Leaving Certificate Examination, 1904
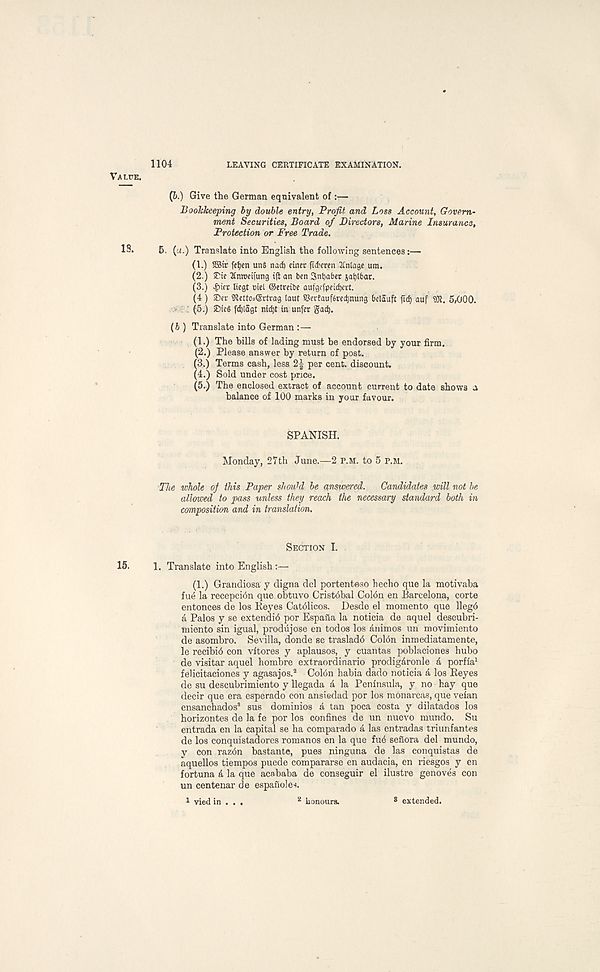
1104
LEAVING CERTIFICATE EXAMINATION.
(&. ) Give the German equivalent of :—
Bookkeeping by double entry, Profit and Loss Account, Govern-
ment Securities, Board of Directors, Marine Insurance,
Protection or Free Trade.
5. (a.) Translate into English the following sentences:—
(1.) 5Btr fft)en unS nacf) einet fid' cren 2£n[age um.
(2.) iTte Inwetfung ift an ben Sntjaber jatilbat.
(3.) licgt ciel ©etccibe aufgcfpeicfjcvt.
(4 ) SDer Sfletto^grtvag lauf Sertaufercdjnung belauft fid) auf 9Jt. 5/000.
; (5.) fdjlagt nic^t in unfer gad).
(6) Translate into German :—
(1.) The bills of lading must be endorsed by your firm.
(2.) Please answer by return of post.
(3.) Terms cash, less per cent, discount.
(4.) Sold under cost price.
(5.) The enclosed extract of account current to date shows a
balance of 100 marks in your favour.
SPANISH.
Monday, 27th June.—2 P.M. to 5 P.M.
The whole of this Paper should be answered. Candidates will not be
allowed to pass unless they reach the necessary standard both in
composition and in translation.
Section I.
1. Translate into English :—•
(1.) Grandiosa y digna del portentoso hecho que la motivaba
fu£ la recepcidn que obtuvo Cristdbal Coldn en Barcelona, corte
entonces de los Beyes Catdlicos. Desde el momento que llegd
a Palos y se extendid por Espaiia la noticia de aquel descubri-
miento sin igual, produjose en todos los animos uri movimiento
de asombro. Sevilla, donde se trasladd Coldn inmediatamente,
le recibid con vitores y aplausos, y cuantas poblaciones hubo
de visitar aquel hombre extraordinario prodigdronle & porfia 1
felicitaciones y agasajos. 2 Coldn habia dado noticia a los Reyes
de su descubrimiento y llegada a la Peninsula, y no hay que
decir que era esperado con ansieclad por los monarcas, que velan
ensanchados 3 sus dominios a tan poca costa y dilatados los
horizontes de la fe por los confines de un nuevo mundo. Su
entrada en la capital se ha comparado a las entradas triunfantes
de los conquistadores romanos en la que fud sefiora del mundo,
y con razdn bastante, pues ninguna de las conquistas de
aquellos tiempos puede compararse en audacia, en riesgos y en
fortuna & la que acababa de conseguir el ilustre genoves con
un centenar de espanoles.
1 vied in . . .
honours.
8 extended.